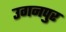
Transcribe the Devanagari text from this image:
उगनपुर